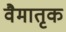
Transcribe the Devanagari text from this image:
वैमातृक